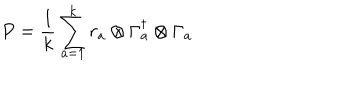
LaTeX: P = \frac { 1 } { k } \sum _ { a = 1 } ^ { k } r _ { a } \otimes \Gamma _ { a } ^ { \dagger } \otimes \Gamma _ { a }